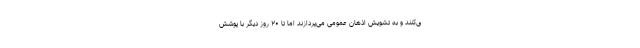
ی‌کنند و به تشویش اذهان عمومی می‌پردازند اما تا ۲۰ روز دیگر با پوشش